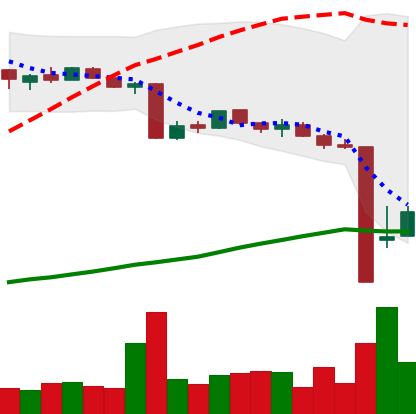
Ticker: BTC-USD
Chart end date: 2015-08-20
Forward return: -5.839%
Label: down_5_7